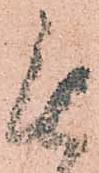
無